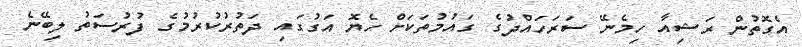
އެގޮތުން ރަޝިއާ ހިމެނޭ ސަރަހައްދުގެ ގައުމުތަކަށް ހެޔޮ އަގުގައި ދަތުރުކުރުމުގެ ފުރުސަތު ލިބޭނެ